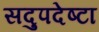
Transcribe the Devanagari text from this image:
सदुपदेष्टा